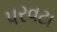
પરવટા